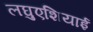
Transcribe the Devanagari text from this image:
लघुएशियाई